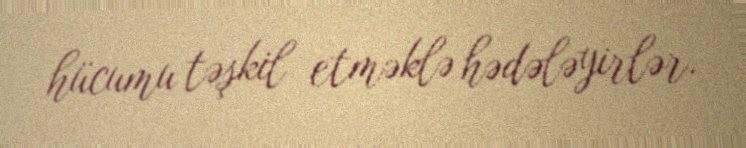
hücumu təşkil etməklə hədələyirlər.